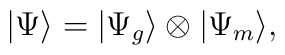
|\Psi\rangle=|\Psi_g\rangle\otimes|\Psi_m\rangle ,